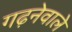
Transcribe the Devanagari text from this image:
गढ़नेवाले